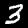
Label: 3